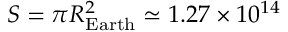
S = \pi R _ { \mathrm { E a r t h } } ^ { 2 } \simeq 1 . 2 7 \times 1 0 ^ { 1 4 }